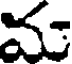
మ